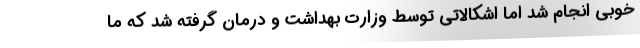
خوبی انجام شد اما اشکالاتی توسط وزارت بهداشت و درمان گرفته شد که ما